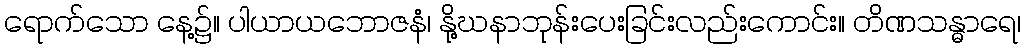
ရောက်သော နေ့၌။ ပါယာယဘောဇနံ၊ နို့ဃနာဘုန်းပေးခြင်းလည်းကောင်း။ တိဏသန္ဓာရေ၊